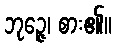
ဘုဉ္ဇေ၊ စား၏။